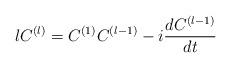
LaTeX: \begin{align*}lC^{(l)} = C^{(1)}C^{(l-1)} -i\frac{dC^{(l-1)}}{dt}\end{align*}